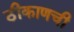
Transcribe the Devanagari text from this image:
ठीकाणची